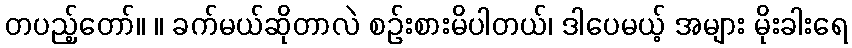
တပည့်တော်။ ။ ခက်မယ်ဆိုတာလဲ စဉ်းစားမိပါတယ်၊ ဒါပေမယ့် အများ မိုးခါးရေ